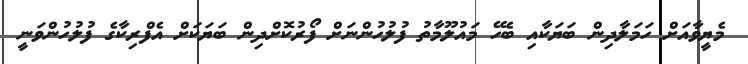
މެޔީވާއަށް ހަމަލާދިން ބަޔަކާއި ބެހޭ މައުލޫމާތު ފުލުހުންނަށް ފޯރުކޮށްދިން ބަޔަކަށް އެފްރިކާގެ ފުލުހުންވަނީ